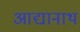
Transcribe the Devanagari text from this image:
आद्यानाथ